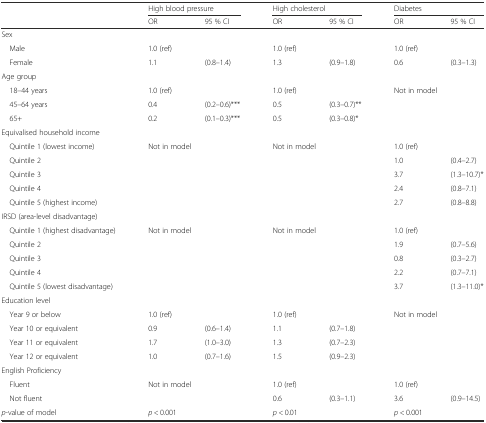
<table><thead><tr><td rowspan="2"></td><td colspan="2"><b>High blood pressure</b></td><td colspan="2"><b>High cholesterol</b></td><td colspan="2"><b>Diabetes</b></td></tr><tr><td><b>OR</b></td><td><b>95 % CI</b></td><td><b>OR</b></td><td><b>95 % CI</b></td><td><b>OR</b></td><td><b>95 % CI</b></td></tr></thead><tbody><tr><td colspan="7">Sex</td></tr><tr><td> Male</td><td>1.0 (ref)</td><td></td><td>1.0 (ref)</td><td></td><td>1.0 (ref)</td><td></td></tr><tr><td> Female</td><td>1.1</td><td>(0.8–1.4)</td><td>1.3</td><td>(0.9–1.8)</td><td>0.6</td><td>(0.3–1.3)</td></tr><tr><td colspan="7">Age group</td></tr><tr><td> 18–44 years</td><td>1.0 (ref)</td><td></td><td>1.0 (ref)</td><td></td><td rowspan="3" colspan="2">Not in model</td></tr><tr><td> 45–64 years</td><td>0.4</td><td>(0.2–0.6)***</td><td>0.5</td><td>(0.3–0.7)**</td></tr><tr><td> 65+</td><td>0.2</td><td>(0.1–0.3)***</td><td>0.5</td><td>(0.3–0.8)*</td></tr><tr><td colspan="7">Equivalised household income</td></tr><tr><td> Quintile 1 (lowest income)</td><td rowspan="5" colspan="2">Not in model</td><td rowspan="5" colspan="2">Not in model</td><td>1.0 (ref)</td><td></td></tr><tr><td> Quintile 2</td><td>1.0</td><td>(0.4–2.7)</td></tr><tr><td> Quintile 3</td><td>3.7</td><td>(1.3–10.7)*</td></tr><tr><td> Quintile 4</td><td>2.4</td><td>(0.8–7.1)</td></tr><tr><td> Quintile 5 (highest income)</td><td>2.7</td><td>(0.8–8.8)</td></tr><tr><td colspan="7">IRSD (area-level disadvantage)</td></tr><tr><td> Quintile 1 (highest disadvantage)</td><td rowspan="5" colspan="2">Not in model</td><td rowspan="5" colspan="2">Not in model</td><td>1.0 (ref)</td><td></td></tr><tr><td> Quintile 2</td><td>1.9</td><td>(0.7–5.6)</td></tr><tr><td> Quintile 3</td><td>0.8</td><td>(0.3–2.7)</td></tr><tr><td> Quintile 4</td><td>2.2</td><td>(0.7–7.1)</td></tr><tr><td> Quintile 5 (lowest disadvantage)</td><td>3.7</td><td>(1.3–11.0)*</td></tr><tr><td colspan="7">Education level</td></tr><tr><td> Year 9 or below</td><td>1.0 (ref)</td><td></td><td>1.0 (ref)</td><td></td><td rowspan="4" colspan="2">Not in model</td></tr><tr><td> Year 10 or equivalent</td><td>0.9</td><td>(0.6–1.4)</td><td>1.1</td><td>(0.7–1.8)</td></tr><tr><td> Year 11 or equivalent</td><td>1.7</td><td>(1.0–3.0)</td><td>1.3</td><td>(0.7–2.3)</td></tr><tr><td> Year 12 or equivalent</td><td>1.0</td><td>(0.7–1.6)</td><td>1.5</td><td>(0.9–2.3)</td></tr><tr><td colspan="7">English Proficiency</td></tr><tr><td> Fluent</td><td rowspan="2" colspan="2">Not in model</td><td>1.0 (ref)</td><td></td><td>1.0 (ref)</td><td></td></tr><tr><td> Not fluent</td><td>0.6</td><td>(0.3–1.1)</td><td>3.6</td><td>(0.9–14.5)</td></tr><tr><td><i>p</i>-value of model</td><td colspan="2"><i>p</i> &lt; 0.001</td><td colspan="2"><i>p</i> &lt; 0.01</td><td colspan="2"><i>p</i> &lt; 0.001</td></tr></tbody></table>